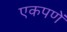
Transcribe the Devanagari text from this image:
एकपणें